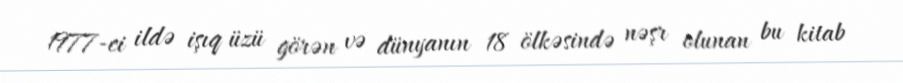
1977-ci ildə işıq üzü görən və dünyanın 18 ölkəsində nəşr olunan bu kitab